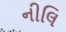
નીલિ